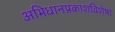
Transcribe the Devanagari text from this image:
अभिधानप्रकाशविशेषा